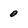
Character: 0